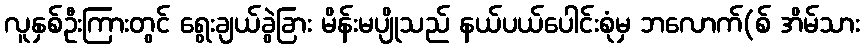
လူနှစ်ဦးကြားတွင် ရွေးချယ်ခွဲခြား မိန်းမပျိုသည် နယ်ပယ်ပေါင်းစုံမှ ဘလောက်(စ် အိမ်သား